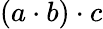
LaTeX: (a\cdot b)\cdot c